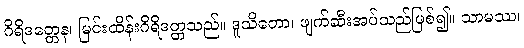
ဂိရိဒတ္တေန၊ မြင်းထိန်းဂိရိဒတ္တသည်။ ဒူသိတော၊ ဖျက်ဆီးအပ်သည်ဖြစ်၍။ သာမဿ၊